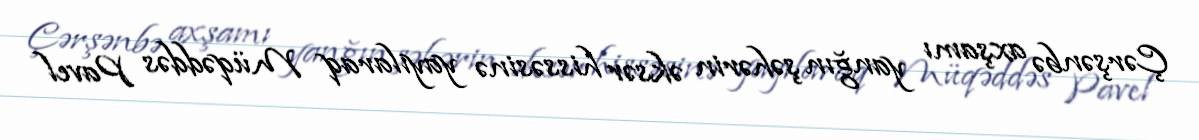
Çərşənbə axşamı yanğın şəhərin əksər hissəsinə yayılaraq Müqəddəs Pavel